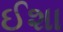
ઈશા